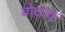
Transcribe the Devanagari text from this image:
बोधाक